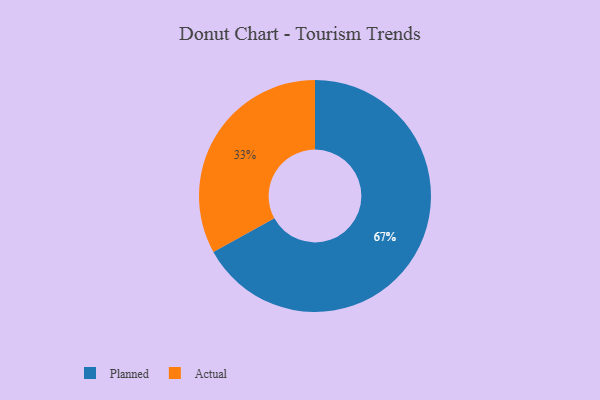
{"axis": {"x": "Category", "y": "Percentage"}, "legend": ["Actual", "Planned"], "data": [{"x": "Actual", "y": 33, "type": "Actual"}, {"x": "Planned", "y": 67, "type": "Planned"}]}